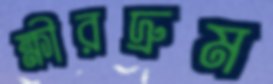
ক্ষীরদ্রুম